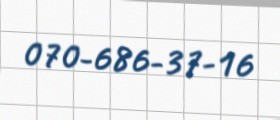
070-686-37-16